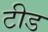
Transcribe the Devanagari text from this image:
टीड